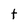
Character: t